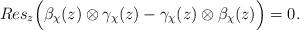
LaTeX: \begin{align*}Res_z \Big(\beta_\chi (z)\otimes \gamma_\chi (z)- \gamma_\chi (z)\otimes \beta_\chi (z)\Big) =0.\end{align*}